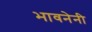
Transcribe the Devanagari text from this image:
भावनेनी